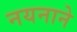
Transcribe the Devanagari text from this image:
नयनाने